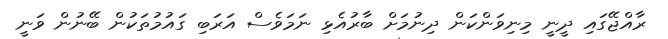
ރާއްޖޭގައި ދީނީ މިނިވަންކަން ދިނުމަށް ބާރުއެޅި ނަމަވެސް އަރަބި ގައުމުތަކުން ބޭނުން ވަނީ